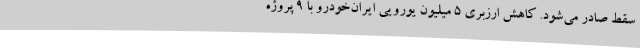
سقط صادر می‌شود. کاهش ارزبری 5 میلیون یورویی ایران‌خودرو با 9 پروژه